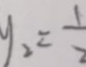
y _ { 2 } = \frac { 1 } { 2 }